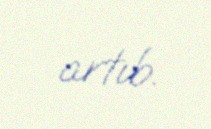
artıb.